Vaccination report Assam 1896-1927 - 1896-1927
Year: 1896
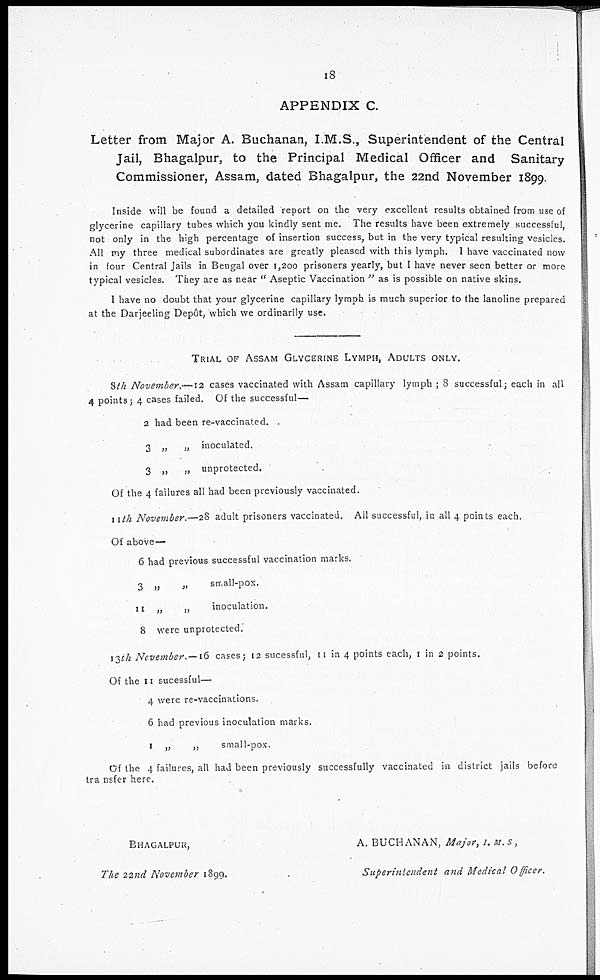
18
APPENDIX C.
Letter from Major A. Buchanan, I.M.S., Superintendent of the Central
Jail, Bhagalpur, to the Principal Medical Officer and Sanitary
Commissioner, Assam, dated Bhagalpur, the 22nd November 1899.
Inside will be found a detailed report on the very excellent results obtained from use of
glycerine capillary tubes which you kindly sent me. The results have been extremely successful,
not only in the high percentage of insertion success, but in the very typical resulting vesicles.
All my three medical subordinates are greatly pleased with this lymph. I have vaccinated now
in four Central Jails in Bengal over 1,200 prisoners yearly, but I have never seen better or more
typical vesicles. They are as near " Aseptic Vaccination " as is possible on native skins.
I have no doubt that your glycerine capillary lymph is much superior to the lanoline prepared
at the Darjeeling Depôt, which we ordinarily use.
TRIAL OF ASSAM GLYCERINE LYMPH, ADULTS ONLY.
8th November.,—12 cases vaccinated with Assam capillary lymph 8 successful; each in all
4 points; 4 cases failed. Of the successful—
2 had been re-vaccinated.
3 „
„ inoculated.
3 „
„ unprotected.
Of the 4 failures all had been previously vaccinated.
11th November.—28 adult prisoners vaccinated. All successful, in all 4 points each.
Of above—
6 had previous successful vaccination marks.
3 „
„
small-pox.
11 „ „
inoculation.
8 were unprotected.
13th November.—16 cases; 12 sucessful, 11 in 4 points each, 1 in 2 points.
Of the 11 sucessful—
4 were re-vaccinations.
6 had previous inoculation marks.
1 „
„
small-pox.
Of the 4 failures, all had been previously successfully vaccinated in district jails before
transfer here.
BHAGALPUR,
The 22nd November 1899.
A. BUCHANAN, Major, I. M.S,
Superintendent
and Medical Officer.